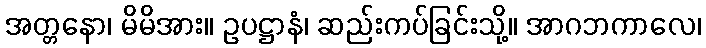
အတ္တနော၊ မိမိအား။ ဥပဋ္ဌာနံ၊ ဆည်းကပ်ခြင်းသို့။ အာဂဘကာလေ၊